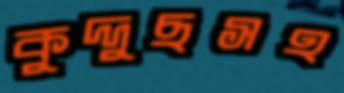
কুদ্দুছসহ